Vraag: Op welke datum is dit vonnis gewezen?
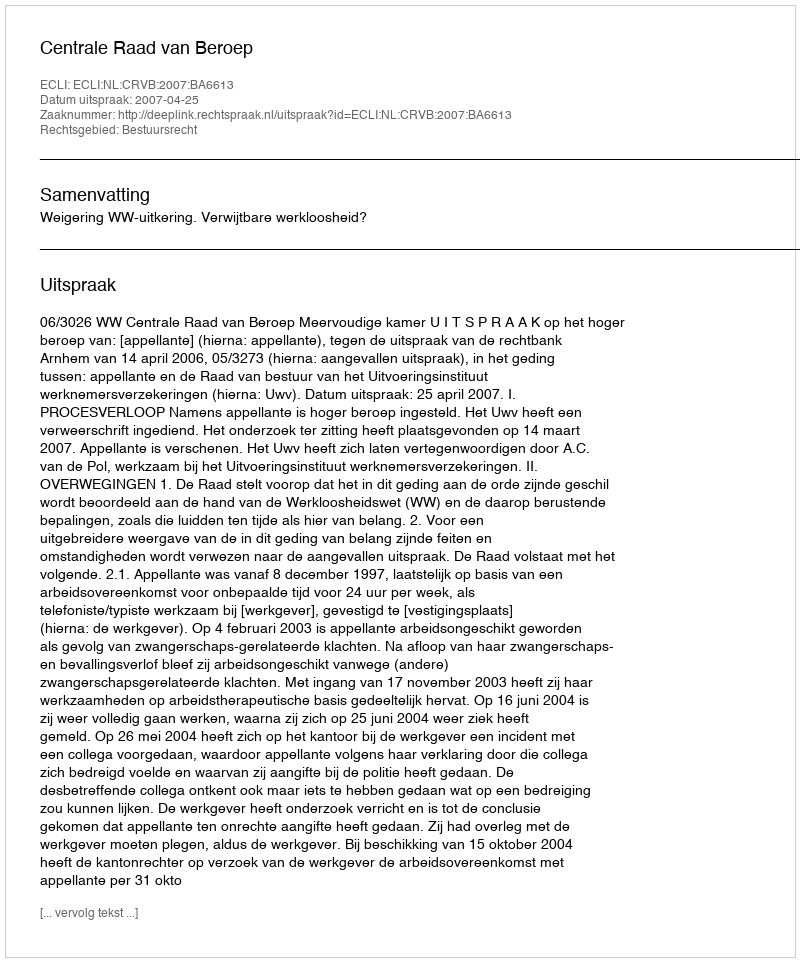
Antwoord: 2007-04-25